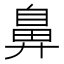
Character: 鼻